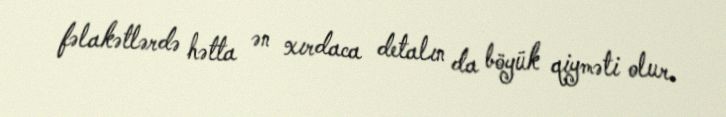
fəlakətlərdə hətta ən xırdaca detalın da böyük qiyməti olur.